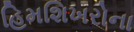
હિમશિખરોના